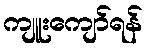
ကျူးကျော်ရန်